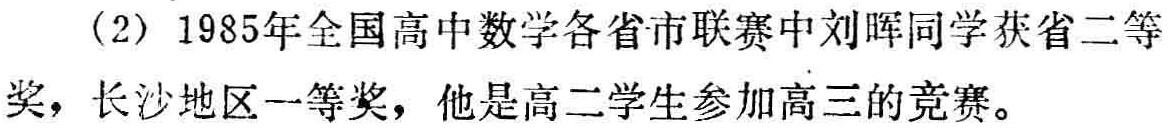
（2）1985年全国高中数学各省市联赛中刘晖同学获省二等奖，长沙地区一等奖，他是高二学生参加高三的竞赛。